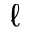
\ell